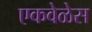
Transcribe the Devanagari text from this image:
एकवेळेस